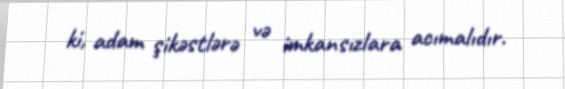
ki, adam şikəstlərə və imkansızlara acımalıdır.